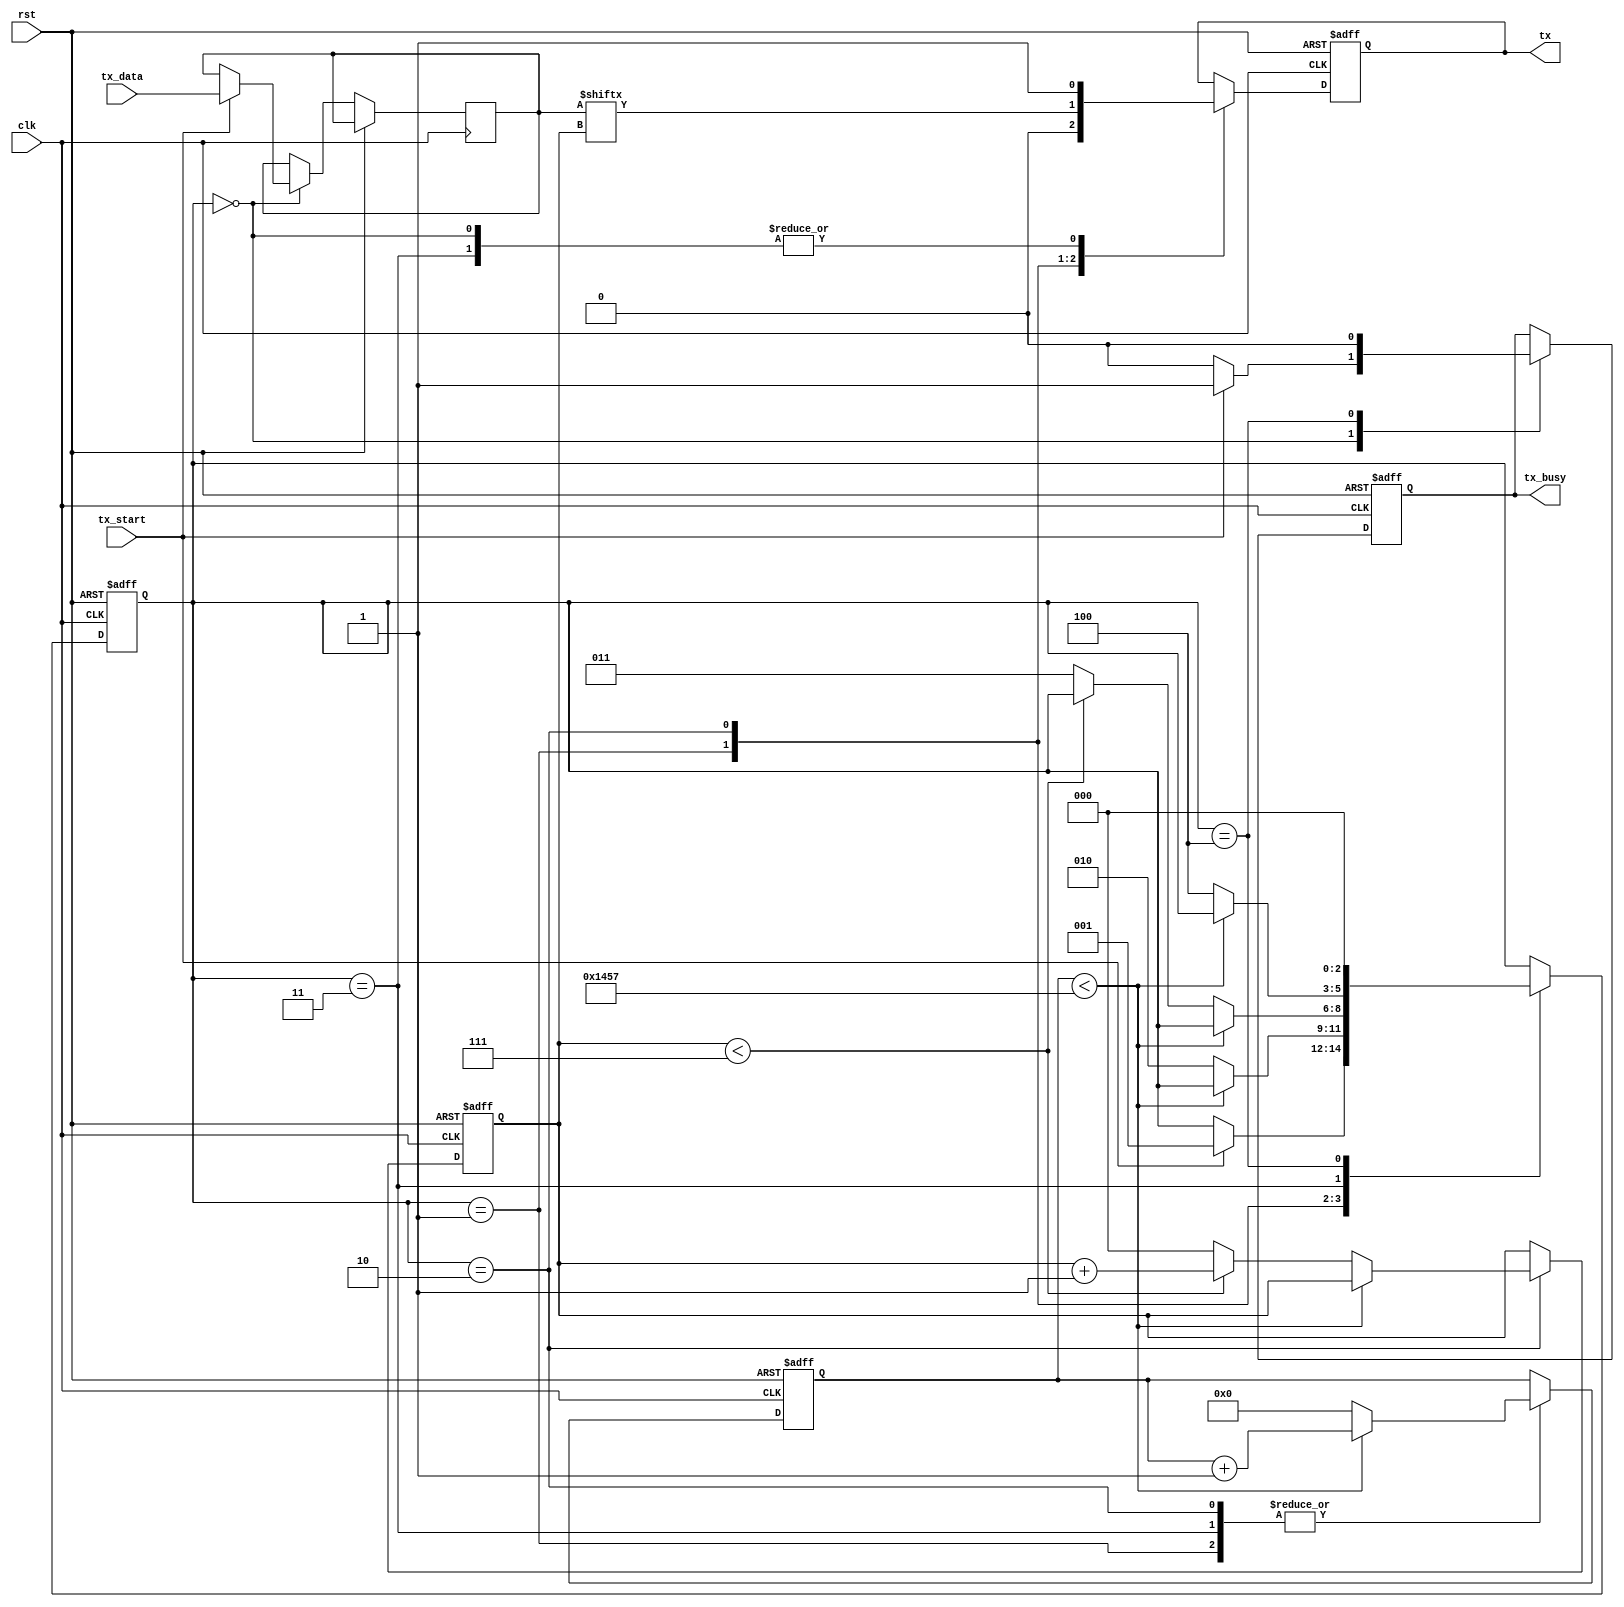
module uart_tx (
    input wire clk,         // System clock
    input wire rst,         // Reset signal
    input wire tx_start,    // Start transmission signal
    input wire [7:0] tx_data, // Data to transmit
    output reg tx,          // UART transmit line
    output reg tx_busy      // Transmitter busy flag
);

    parameter BAUD_RATE = 9600;
    parameter CLK_FREQ = 50000000; // 50 MHz clock
    parameter CLKS_PER_BIT = CLK_FREQ / BAUD_RATE;
    parameter STATE_IDLE = 0;
    parameter STATE_START = 1;
    parameter STATE_DATA = 2;
    parameter STATE_STOP = 3;
    parameter STATE_CLEANUP = 4;

    reg [2:0] state = STATE_IDLE;
    reg [15:0] clk_count = 0;
    reg [2:0] bit_index = 0;
    reg [7:0] tx_shift_reg = 0;

    always @(posedge clk or posedge rst) begin
        if (rst) begin
            state <= STATE_IDLE;
            clk_count <= 0;
            bit_index <= 0;
            tx <= 1;
            tx_busy <= 0;
        end else begin
            case (state)
                STATE_IDLE: begin
                    tx <= 1;
                    tx_busy <= 0;
                    if (tx_start == 1) begin
                        tx_shift_reg <= tx_data;
                        state <= STATE_START;
                        tx_busy <= 1;
                    end
                end
                STATE_START: begin
                    tx <= 0;
                    if (clk_count < CLKS_PER_BIT - 1) begin
                        clk_count <= clk_count + 1;
                    end else begin
                        clk_count <= 0;
                        state <= STATE_DATA;
                    end
                end
                STATE_DATA: begin
                    tx <= tx_shift_reg[bit_index];
                    if (clk_count < CLKS_PER_BIT - 1) begin
                        clk_count <= clk_count + 1;
                    end else begin
                        clk_count <= 0;
                        if (bit_index < 7) begin
                            bit_index <= bit_index + 1;
                        end else begin
                            bit_index <= 0;
                            state <= STATE_STOP;
                        end
                    end
                end
                STATE_STOP: begin
                    tx <= 1;
                    if (clk_count < CLKS_PER_BIT - 1) begin
                        clk_count <= clk_count + 1;
                    end else begin
                        clk_count <= 0;
                        state <= STATE_CLEANUP;
                    end
                end
                STATE_CLEANUP: begin
                    tx_busy <= 0;
                    state <= STATE_IDLE;
                end
            endcase
        end
    end
endmodule